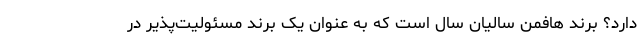
دارد؟ برند هافمن سالیان سال است که به عنوان یک برند مسئولیت‌پذیر در